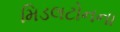
મિડલટોનના